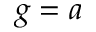
g = a